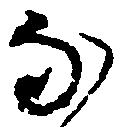
な